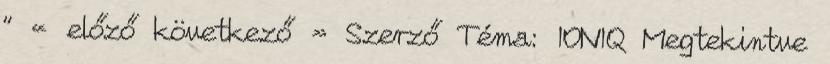
" « előző következő » Szerző Téma: IONIQ Megtekintve